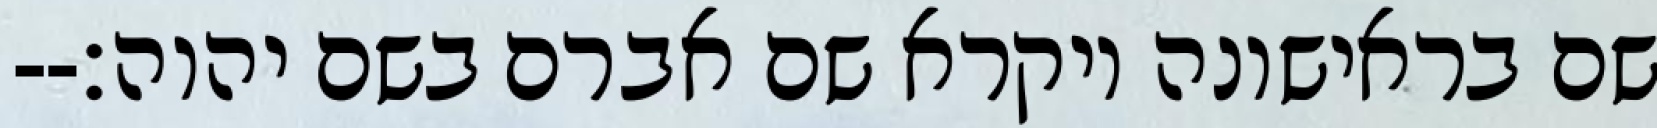
שם בראישונה ויקרא שם אברם בשם יהוה׃--